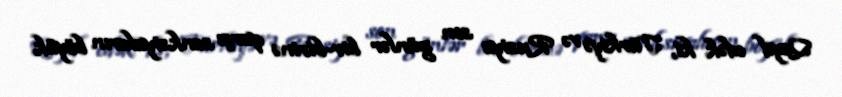
Qeyd edək ki, Türkiyə və Rusiya son günlər bir-birinə qarşı sanksiyaların böyük